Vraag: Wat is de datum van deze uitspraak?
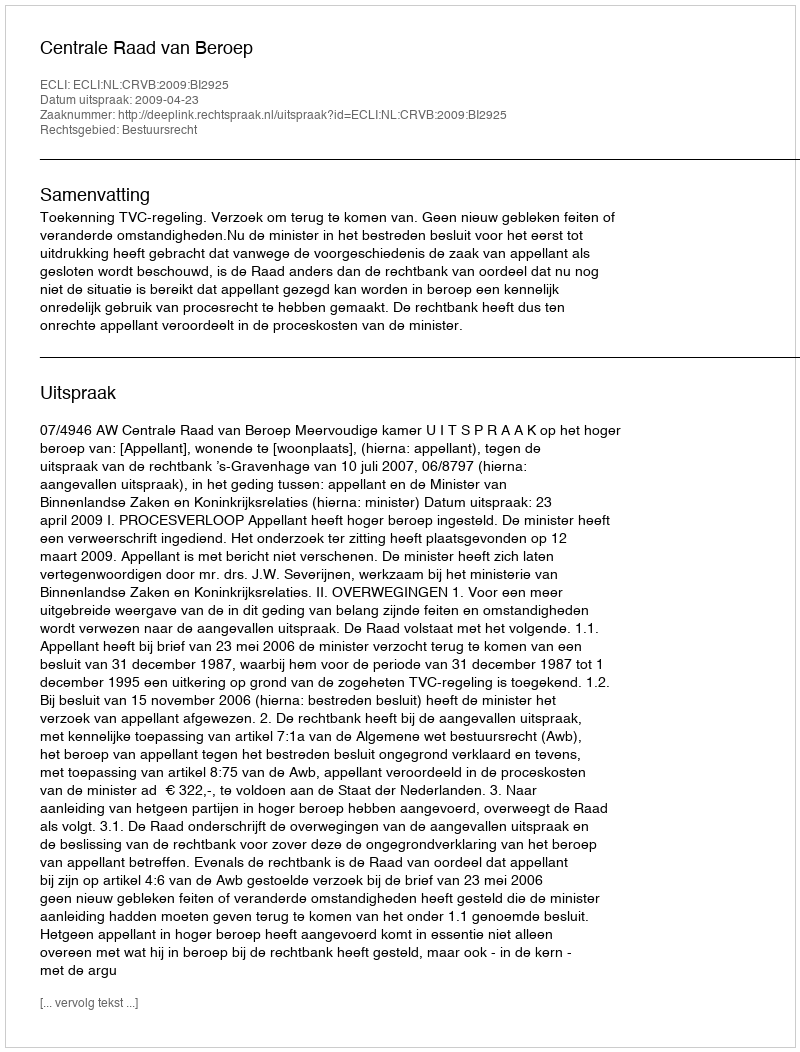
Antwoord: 2009-04-23